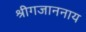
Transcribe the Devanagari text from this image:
श्रीगजाननाय